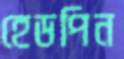
হেডপিন